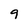
Character: 9